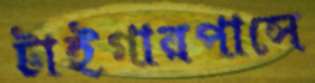
টাইগারপাসে